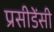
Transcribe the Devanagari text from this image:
प्रसीडेंसी